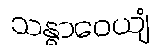
သန္ဓာဝေယျံ